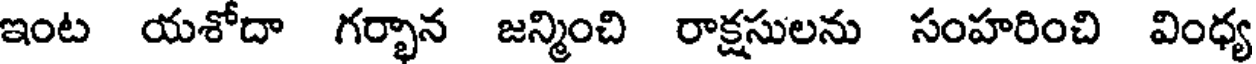
ఇంట యశోదా గర్భాన జన్మించి రాక్షసులను సంహరించి వింధ్య